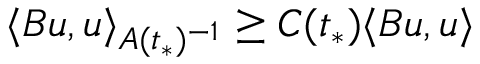
\langle B u , u \rangle _ { A ( t _ { * } ) ^ { - 1 } } \geq C ( t _ { * } ) \langle B u , u \rangle